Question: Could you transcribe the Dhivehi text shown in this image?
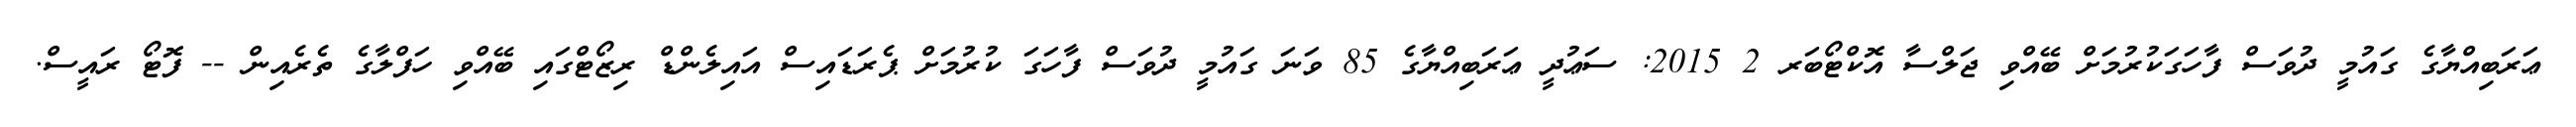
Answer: ޢަރަބިއްޔާގެ ގައުމީ ދުވަސް ފާހަގަކުރުމަށް ބޭއްވި ޖަލްސާ އޮކްޓޯބަރ 2 2015: ސަޢުދީ ޢަރަބިއްޔާގެ 85 ވަނަ ގައުމީ ދުވަސް ފާހަގަ ކުރުމަށް ޕެރަޑައިސް އައިލެންޑް ރިޒޯޓްގައި ބޭއްވި ހަފްލާގެ ތެރެއިން -- ފޮޓޯ ރައީސް.